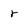
Character: r